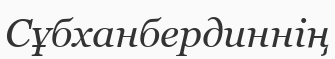
Сұбханбердиннің